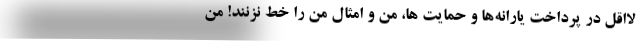
لااقل در پرداخت یارانه‌ها و حمایت ها، من و امثال من را خط نزنند! من